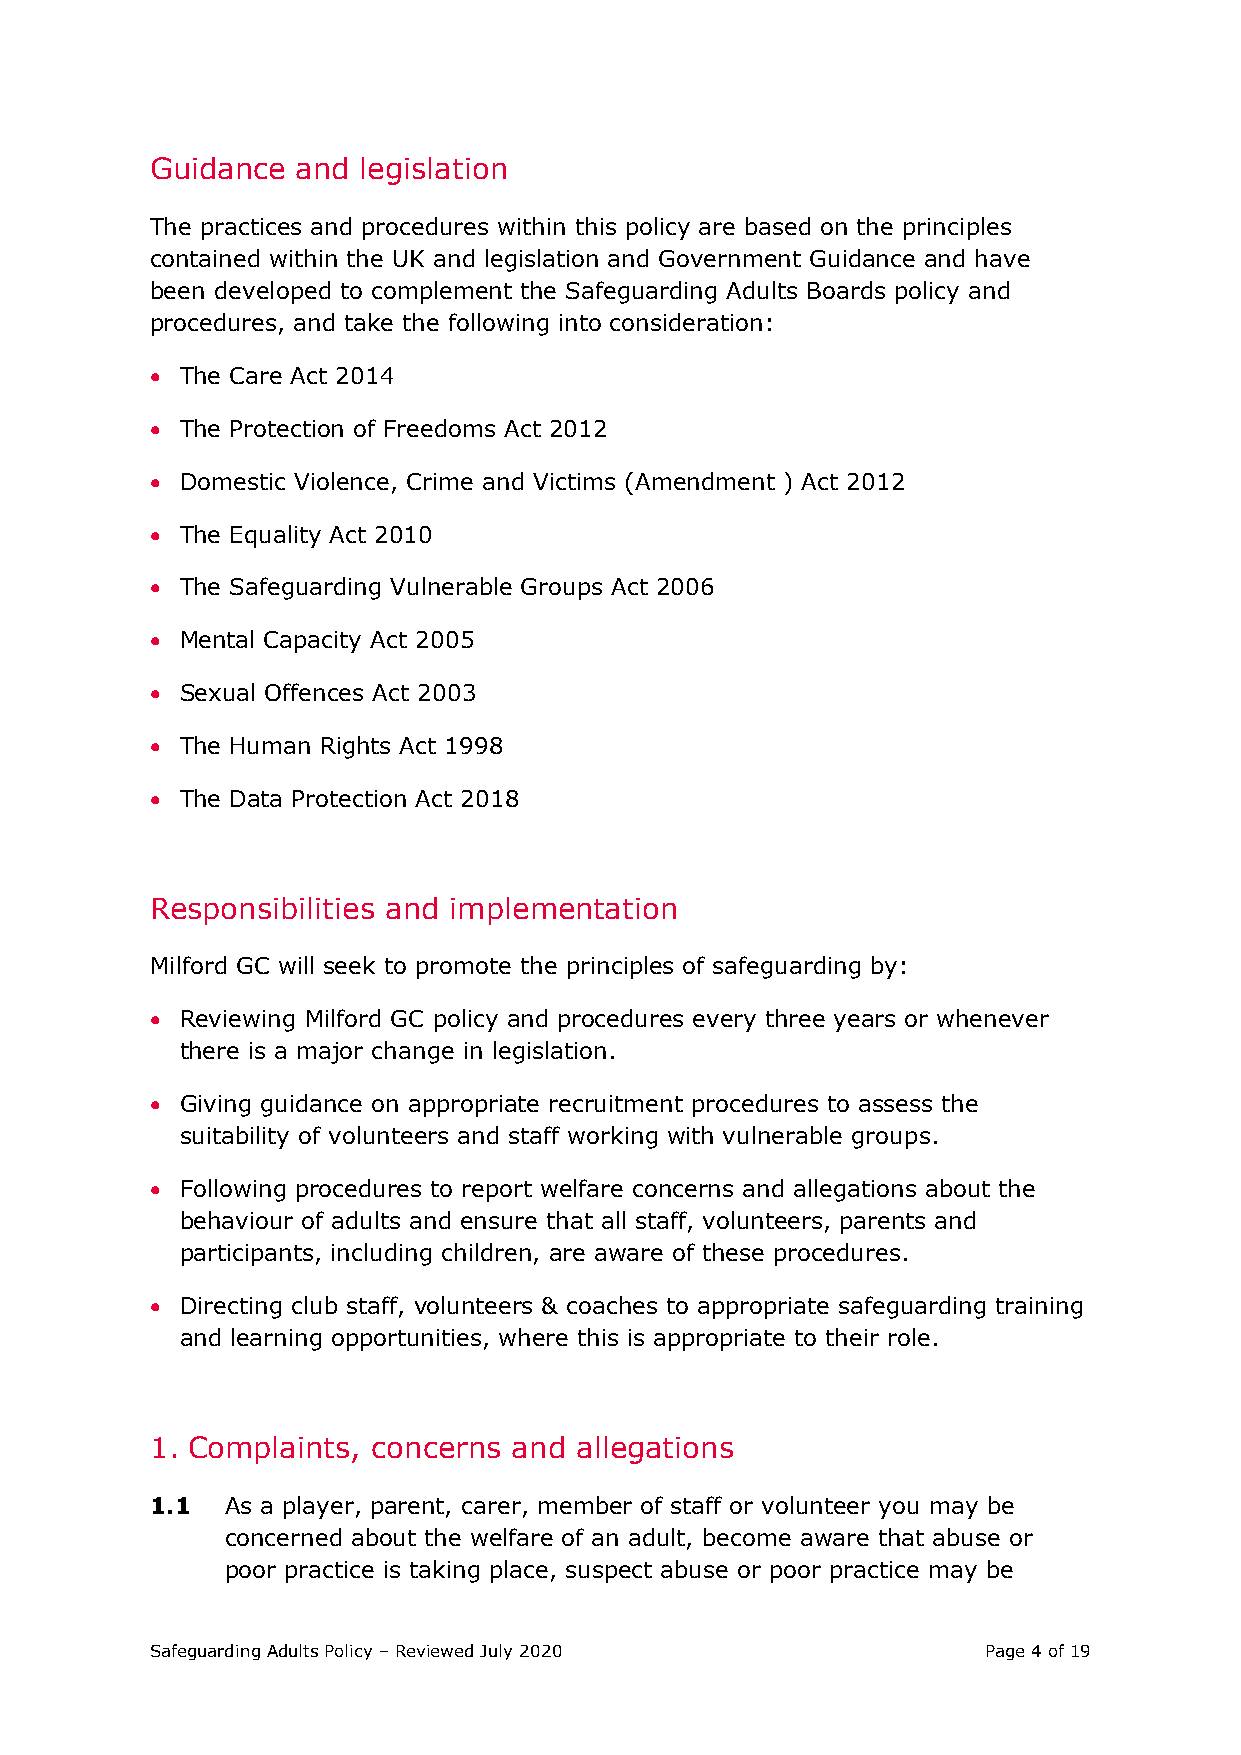
Guidance  and legislation
 The practices and procedures within this policy are based on the principles
 contained within the UK and legislation and Government Guidance and have
 been developed to complement the Safeguarding Adults Boards policy and
 procedures, and take the following into consideration:
 • The Care Act 2014
 • The Protection of Freedoms Act 2012
 • Domestic Violence, Crime and Victims (Amendment ) Act 2012
 • The Equality Act 2010
 • The Safeguarding Vulnerable Groups Act 2006
 • Mental Capacity Act 2005
 • Sexual Offences Act 2003
 • The Human Rights Act 1998
 • The Data Protection Act 2018
 Responsibilities and implementation
 Milford GC will seek to promote the principles of safeguarding by:
 • Reviewing Milford GC policy and procedures every three years or whenever
 there is a major change in legislation.
 • Giving guidance on appropriate recruitment procedures to assess the
 suitability of volunteers and staff working with vulnerable groups.
 • Following procedures to report welfare concerns and allegations about the
 behaviour of adults and ensure that all staff, volunteers, parents and
 participants, including children, are aware of these procedures.
 • Directing club staff, volunteers & coaches to appropriate safeguarding training
 and learning opportunities, where this is appropriate to their role.
 1. Complaints, concerns and allegations
 1.1  As a player, parent, carer, member of staff or volunteer you may be
 concerned about the welfare of an adult, become aware that abuse or
 poor practice is taking place, suspect abuse or poor practice may be
 Safeguarding Adults Policy – Reviewed July 2020        Page 4 of 19